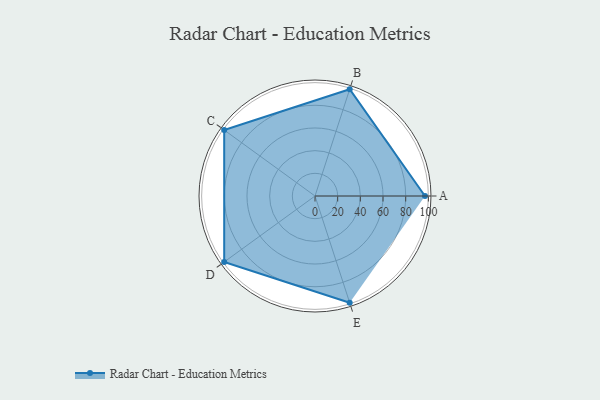
{"axis": {"x": "Skill", "y": "Score"}, "legend": ["Profile"], "data": [{"x": "A", "y": 97.0, "type": "Profile"}, {"x": "B", "y": 99, "type": "Profile"}, {"x": "C", "y": 99, "type": "Profile"}, {"x": "D", "y": 99, "type": "Profile"}, {"x": "E", "y": 99, "type": "Profile"}]}